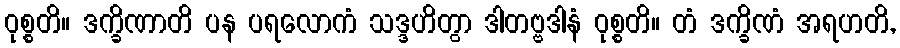
ဝုစ္စတိ။ ဒက္ခိဏာတိ ပန ပရလောကံ သဒ္ဒဟိတွာ ဒါတဗ္ဗဒါနံ ဝုစ္စတိ။ တံ ဒက္ခိဏံ အရဟတိ,